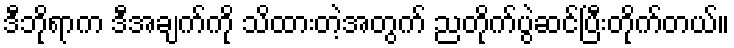
ဒီဘိုရာက ဒီအချက်ကို သိထားတဲ့အတွက် ညတိုက်ပွဲဆင်ပြီးတိုက်တယ်။